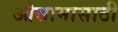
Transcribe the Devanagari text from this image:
ओसामासाठी